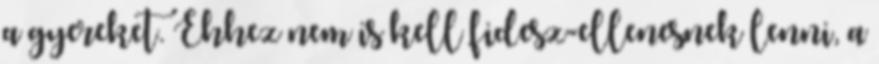
a gyereket. Ehhez nem is kell fidesz-ellenesnek lenni, a